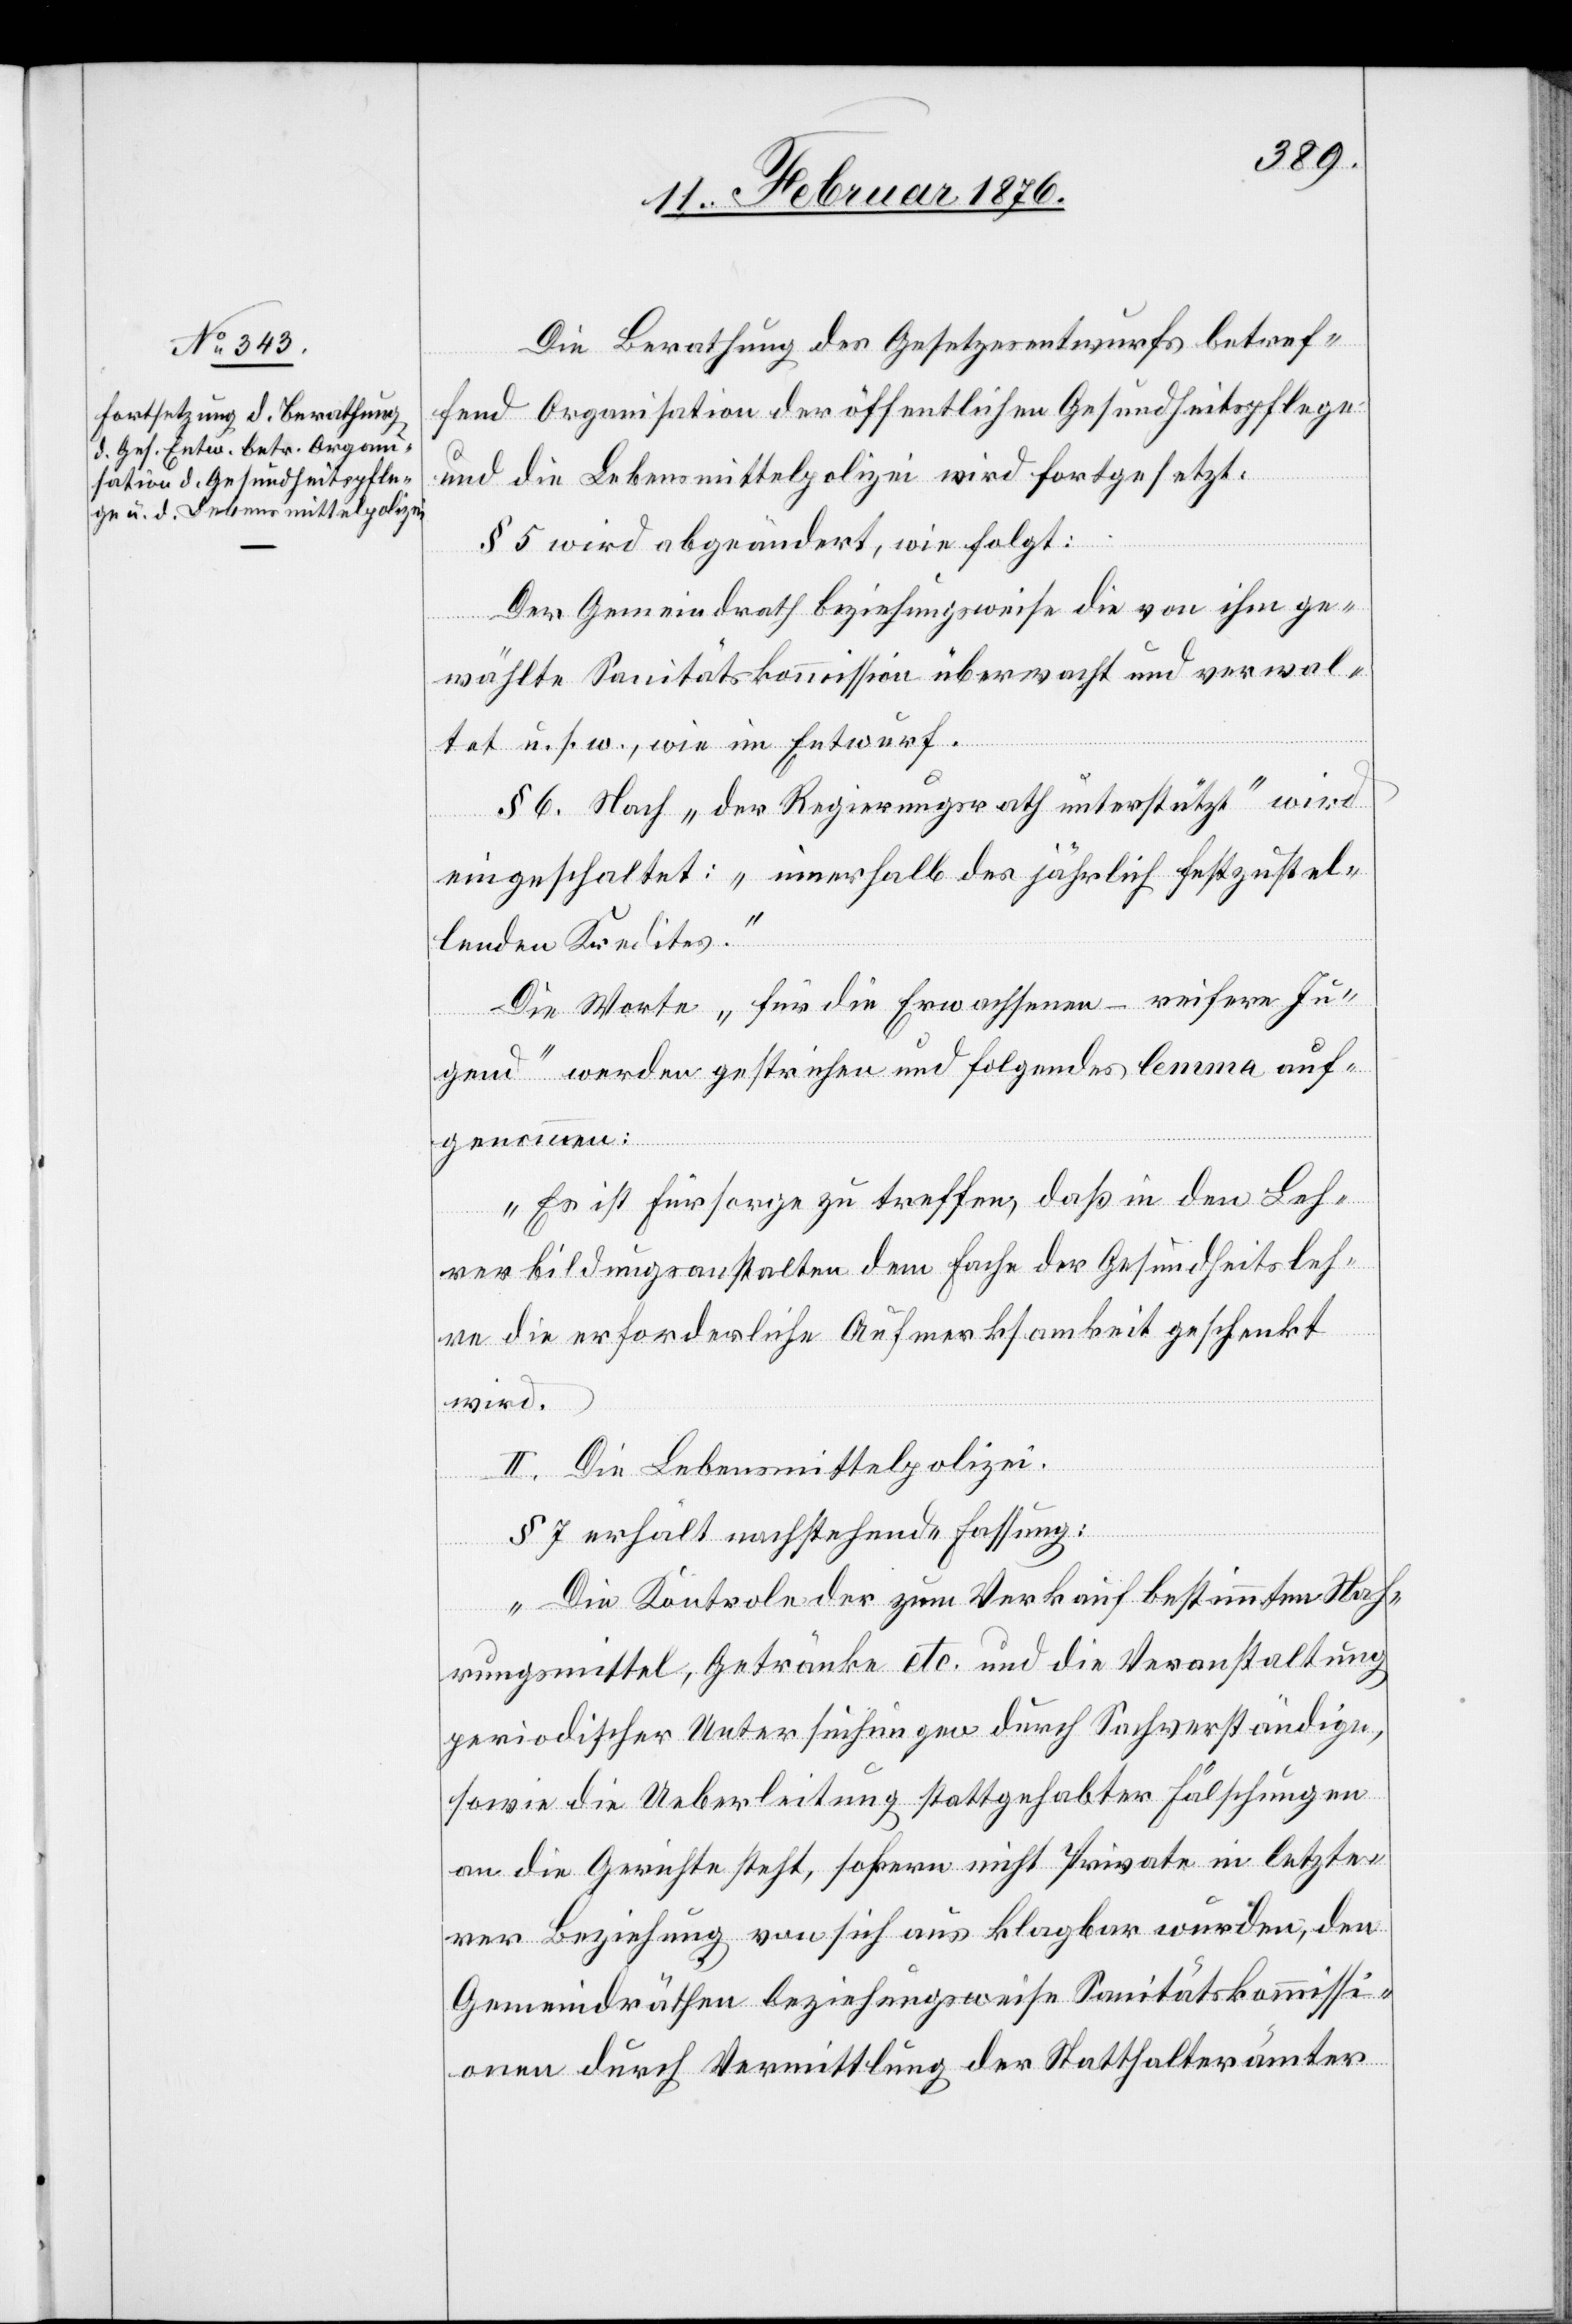
Die Berathung des Gesetzesentwurfs betref¬
fend Organisation der öffentlichen Gesundheitspflege
und die Lebensmittelpolizei wird fortgesetzt,
§ 5 wird abgeändert, wie folgt:
Der Gemeindrath beziehungsweise die von ihm ge¬
wählte Sanitätskommission überwacht und verwal¬
tet u. s. w., wie im Entwurf.
§ Nach „der Regierungsrath unterstützt“ wird
eingeschaltet: „innerhalb des jährlich festzustel¬
lenden Kredites.“
Die Worte „ für die Erwachsenen – reifere Ju¬
gend“ werden gestrichen und folgendes Lemma auf¬
genommen:
„Es ist Fürsorge zu treffen, daß in den Leh¬
rerbildungsanstalten dem Fache der Gesundheitsleh¬
re die erforderliche Aufmerksamkeit geschenkt
wird.[“]
II. Die Lebensmittelpolizei.
§ 7 erhält nachstehende Fassung:
„Die Kontrole der zum Verkauf bestimmten Nah¬
rungsmittel, Getränke etc. und die Veranstaltung
periodischer Untersuchungen durch Sachverständige,
sowie die Ueberleitung stattgehabter Fälschungen
an die Gerichte steht, sofern nicht Privaten in letzte¬
rer Beziehung von sich aus klagbar werden, den
Gemeindräthen beziehungsweise Sanitätskommissi¬
onen durch Vermittlung der Statthalterämter